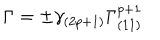
\Gamma = \pm \gamma _ { ( 2 p + 1 ) } \Gamma _ { ( 1 1 ) } ^ { p + 1 }